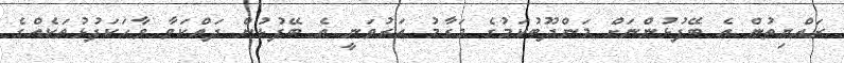
ރައްޔިތުން އެ ބޭފުޅުންނަށް މަންދޫބުކަމުގެ މަގާމު އަރުވަނީ އެ ބޭފުޅުން ދައްކަވާ ވާހަކަފުޅުތަކެއްގެ